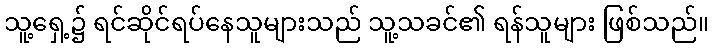
သူ့ရှေ့၌ ရင်ဆိုင်ရပ်နေသူများသည် သူ့သခင်၏ ရန်သူများ ဖြစ်သည်။